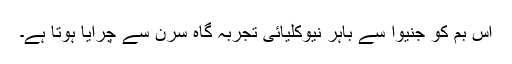
اس بم کو جنیوا سے باہر نیوکلیائی تجربہ گاہ سرن سے چرایا ہوتا ہے۔